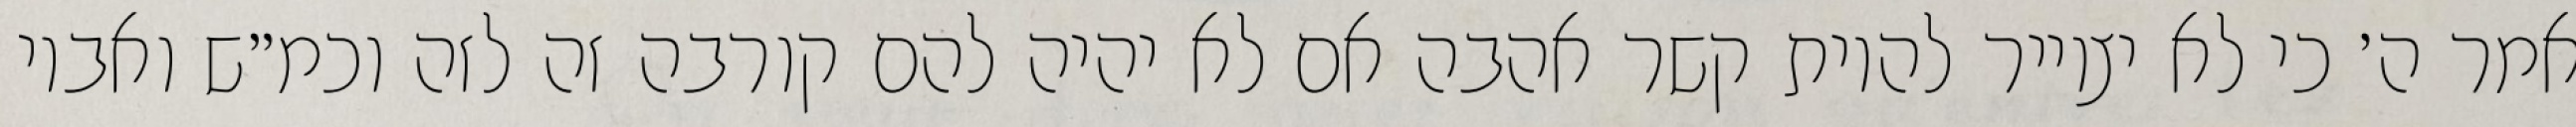
אמר ה׳ כי לא יצוייר להיות קשר אהבה אם לא יהיה להם קורבה זה לזה וכמ״ש ואביו